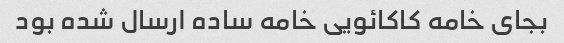
بجای خامه کاکائویی خامه ساده ارسال شده بود